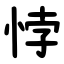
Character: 悖